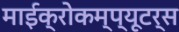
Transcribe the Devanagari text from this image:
माईक्रोकम्प्यूटर्स